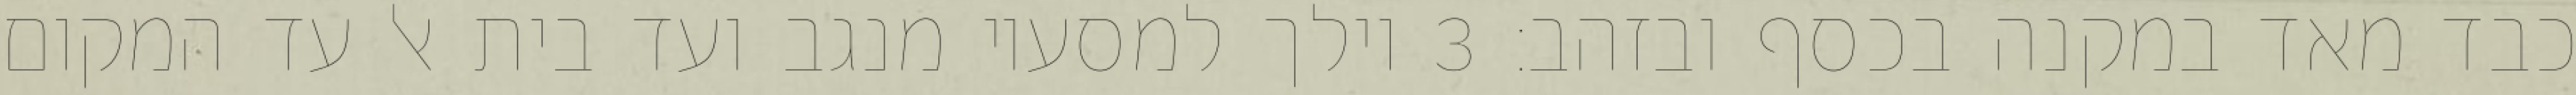
כבד מאד במקנה בכסף ובזהב׃ ‎3‏ וילך למסעיו מנגב ועד בית אל עד המקום